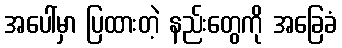
အပေါ်မှာ ပြထားတဲ့ နည်းတွေကို အခြေခံ